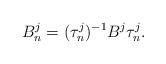
LaTeX: \begin{align*}B^j_n=(\tau^j_n)^{-1}B^j\tau^j_n.\end{align*}